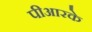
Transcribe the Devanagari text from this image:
पीआरके